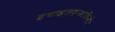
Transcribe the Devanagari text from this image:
इथाइलएन्थ्राक्विनोन